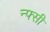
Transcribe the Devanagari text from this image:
न्फ्सी